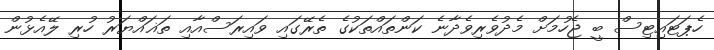
ހެޕަޓައިޓިސް ބީ ޖެހުމަށް މެދުވެރިވެދާނެ ކަންތައްތަކުގެ ތެރޭގައި ވައިރަސްއާއި ތަޣައްޔަރު ހުރި ލޭއެޅުން